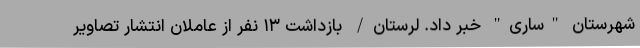
شهرستان "ساری" خبر داد. لرستان/ بازداشت ۱۳ نفر از عاملان انتشار تصاویر